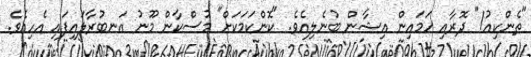
"ތެންކިއު!" ދޮރާއި ހަމައިން އިޝާން ބުނެލިއެވެ. "ކޮންކަމަކަށް" މުސްކާން މޫނު އަނބުރާލައިފައި އެހިއެވެ.